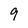
Character: 9